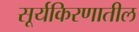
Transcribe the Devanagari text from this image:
सूर्यकिरणातील